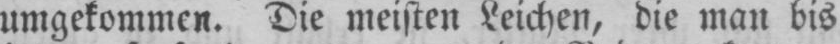
umgekommen. Die meisten Leichen, die man bis